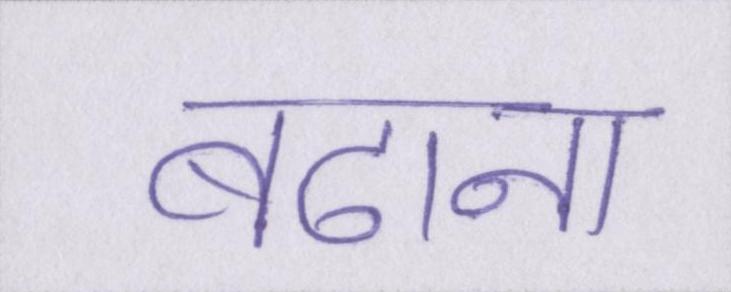
बढाना